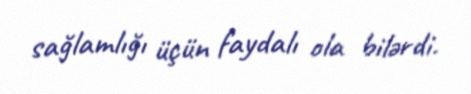
sağlamlığı üçün faydalı ola bilərdi.